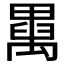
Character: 𥝆